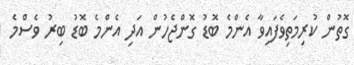
ގޮތުން ކުރިމަތިވެފައިވާ އެންމެ ބޮޑު ގޮންޖެހުން އަދި އެންމެ ބޮޑު ބިރު ވެސްމެ